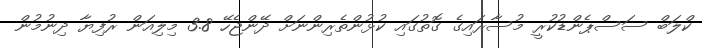
ކްލަބް ސަސްޕެންޑުކުރީ މުސާރައިގެ ގޮތުގައި ކުޅުންތެރިންނަށް ދޭންޖެހޭ 3.8 މިލިއަން ރުފިޔާ ދިނުމުން